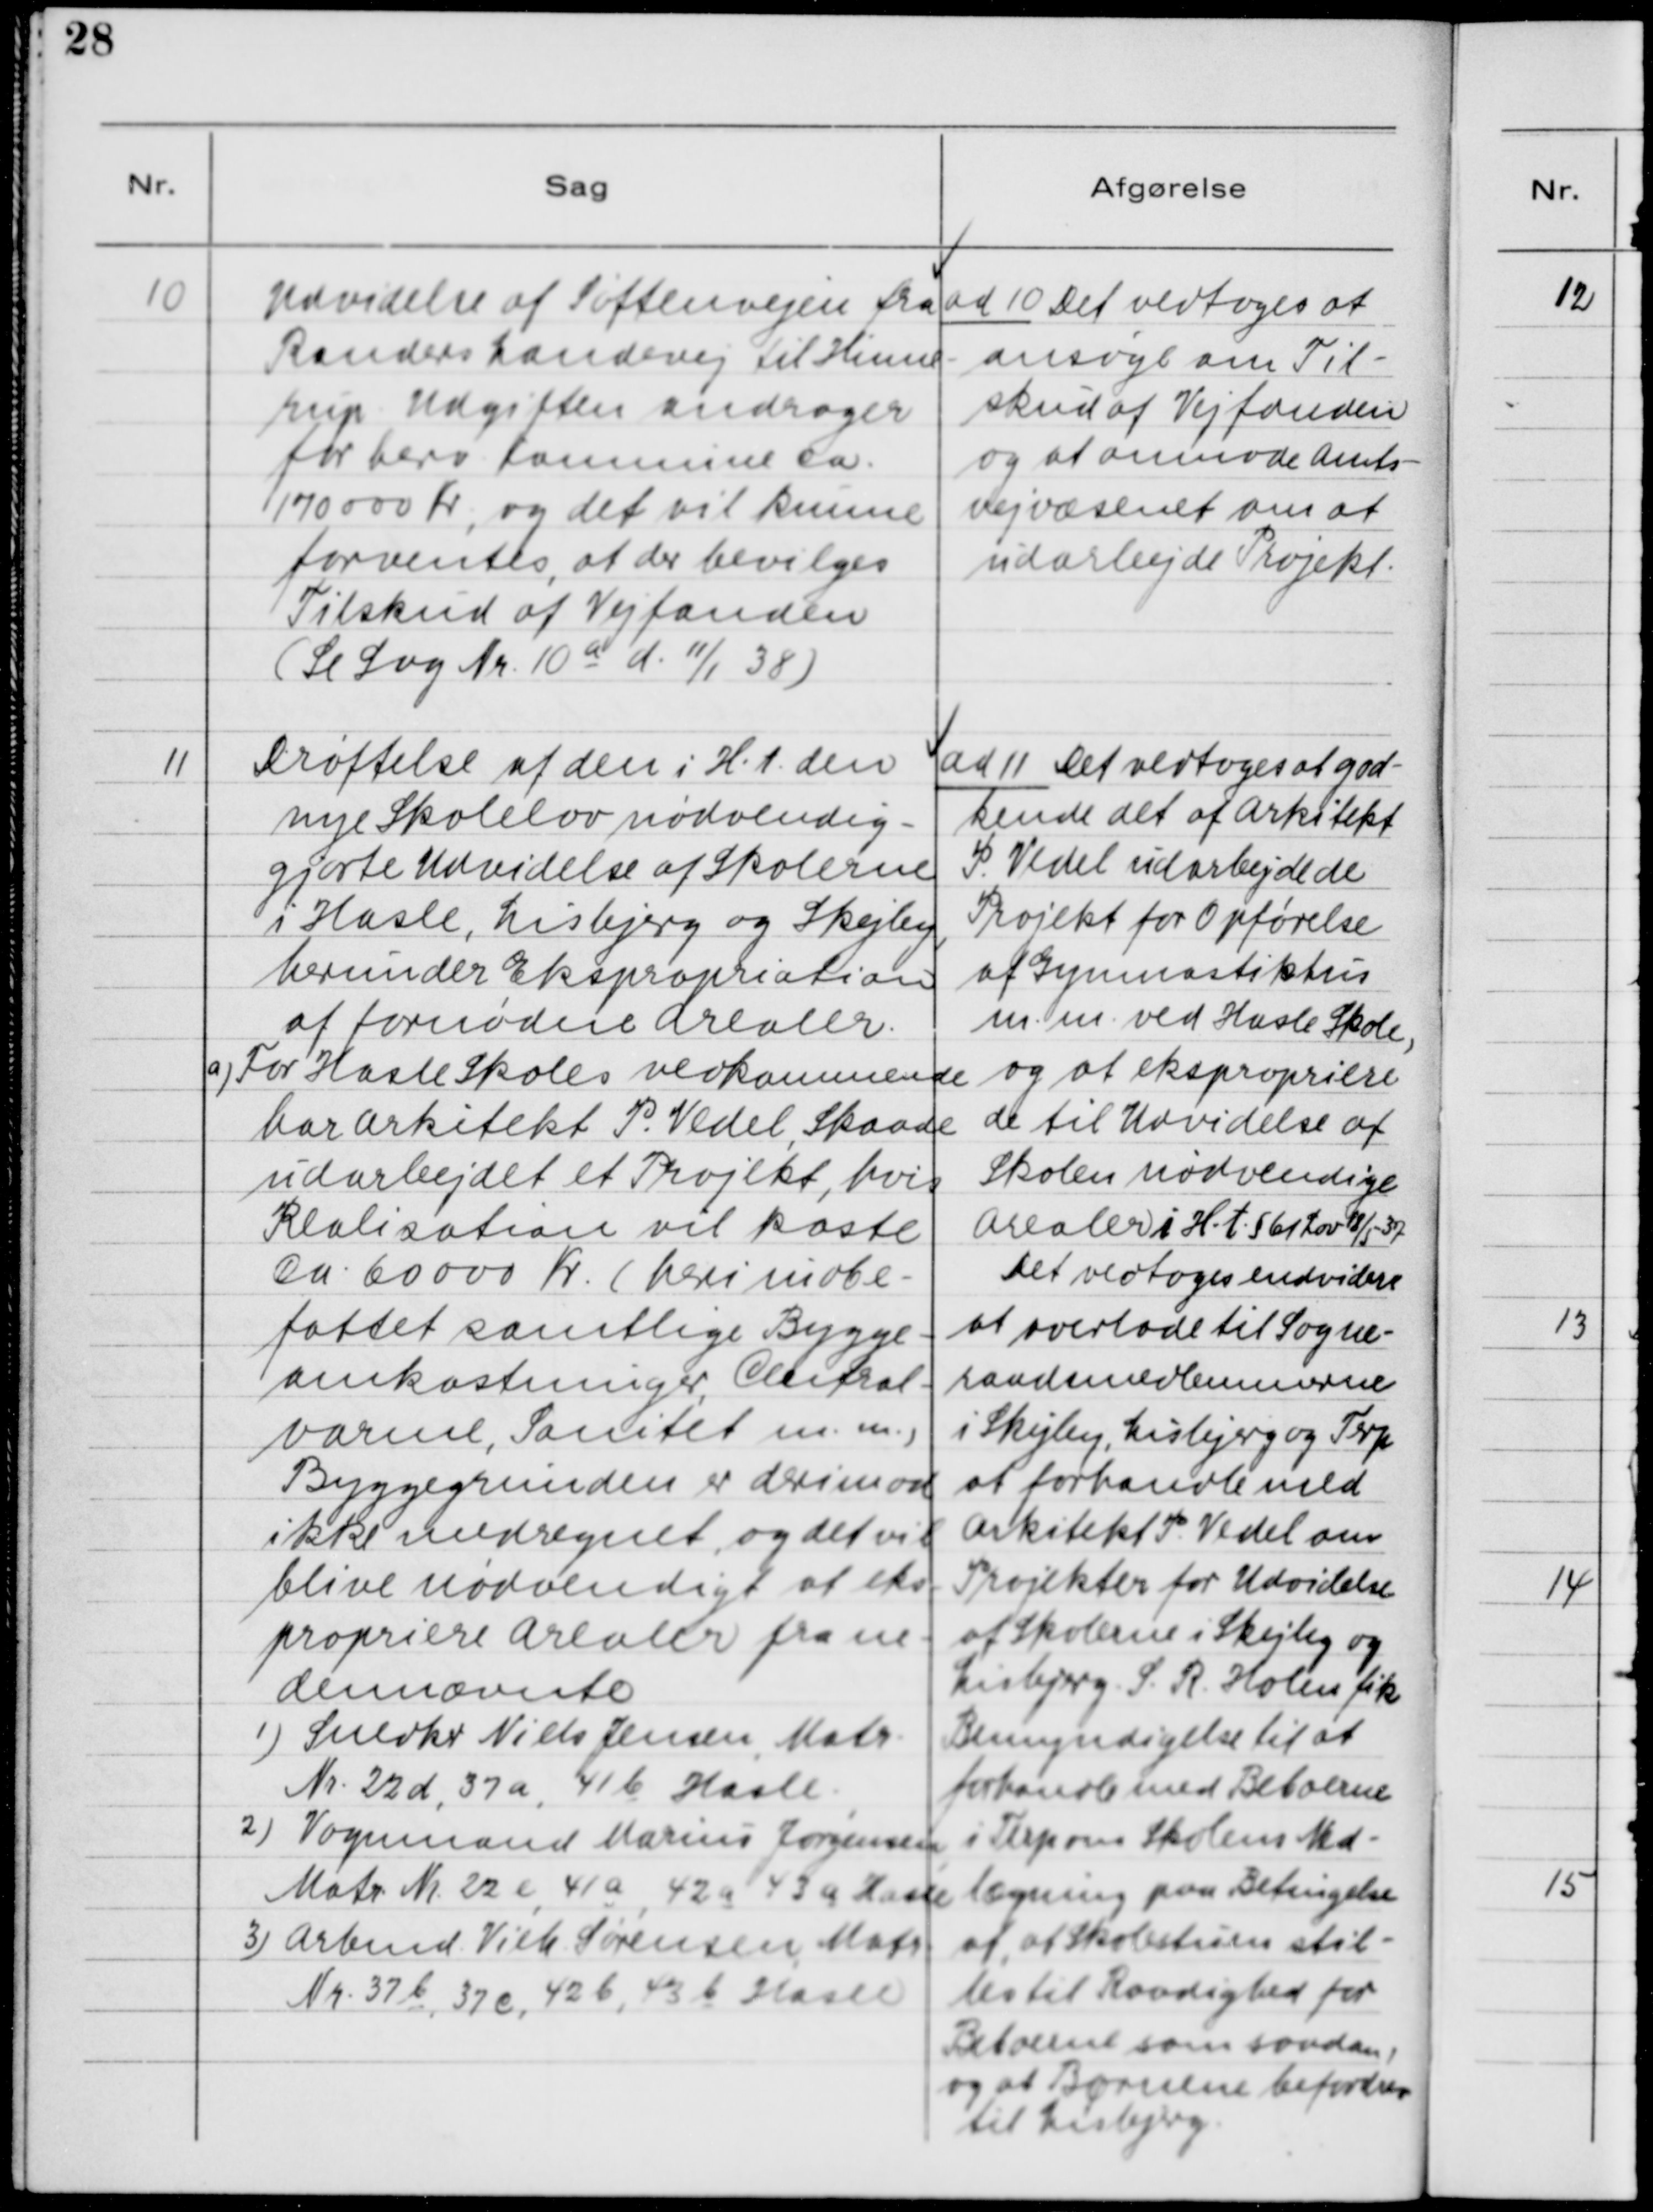
Transskription:
10. Udvidelse af Søftenvejen fra
Randers Landevej til Hinne-
rup. Udgiften andrager
for herv. Kommune Ca.
170000 Kr., og det vil kunne
forventes, at der bevilges
Tilskud af Vejfonden
(Se Sag Nr. 10a d. 11/1 38)

ad 10. Det vedtoges at
ansøge om Til-
skud af Vejfonden
og at anmode Amts-
vejvæsenet om at
udarbejde Projekt.

11. Drøftelse af den i H. t. den
nye Skolelov nødvendig-
gjorte Udvidelse af Skolerne
i Hasle, Lisbjerg og Skejby,
herunder Ekspropriation
af fornødne Arealer.
a) For Hasle Skoles vedkommende
har Arkitekt P. Vedel, Skaade
udarbejdet et Projekt, hvis
Realisation vil koste
Ca. 60 000 Kr. (heri indbe-
fattet samtlige Bygge-
omkostninger, Central-
varme, Sanitet m.m.,
Byggegrunden er derimod
ikke medregnet, og det vil
blive nødvendigt at eks-
propriere Arealer fra ne
dennævnte
1) Snedker Niels Jensen, Matr.
Nr. 22d, 32a, 41b Hasle.
2) Vognmand Marius Jørgensen,
Matr. Nr. 22e, 41a, 43a Hasle
3) Arbmd. Vilh. Sørensen, Matr.
Nr. 37b, 37e, 42b, 43b Hasle

ad 11. Det vedtoges at god-
kende det af Arkitekt
P. Vedel udarbejdede
Projekt for Opførelse
af Gymnastikhus
m.m. ved Hasle Skole,
og at ekspropriere
de til Udvidelse af
Skolen nødvendige
Arealer i H.t. §61 Lov 18/5-37.
Det vedtoges endvidere
at overlade til Sogne-
raadsmedlemmerne
i Skejby, Lisbjerg og Terp
at forhandle med
Arkitekt P. Vedel om
Projekter for Udvidelse
af Skolerne i Skejby og
Lisbjerg. S. R. Holm fik
Bemyndigelse til at
forhandle med Beboerne
i Terp om Skolens Ned-
lægning paa Betingelse
af, at Skolestuen stil-
les til Raadighed for
Beboerne som saadan,
og at Børnene befordres
til Lisbjerg.